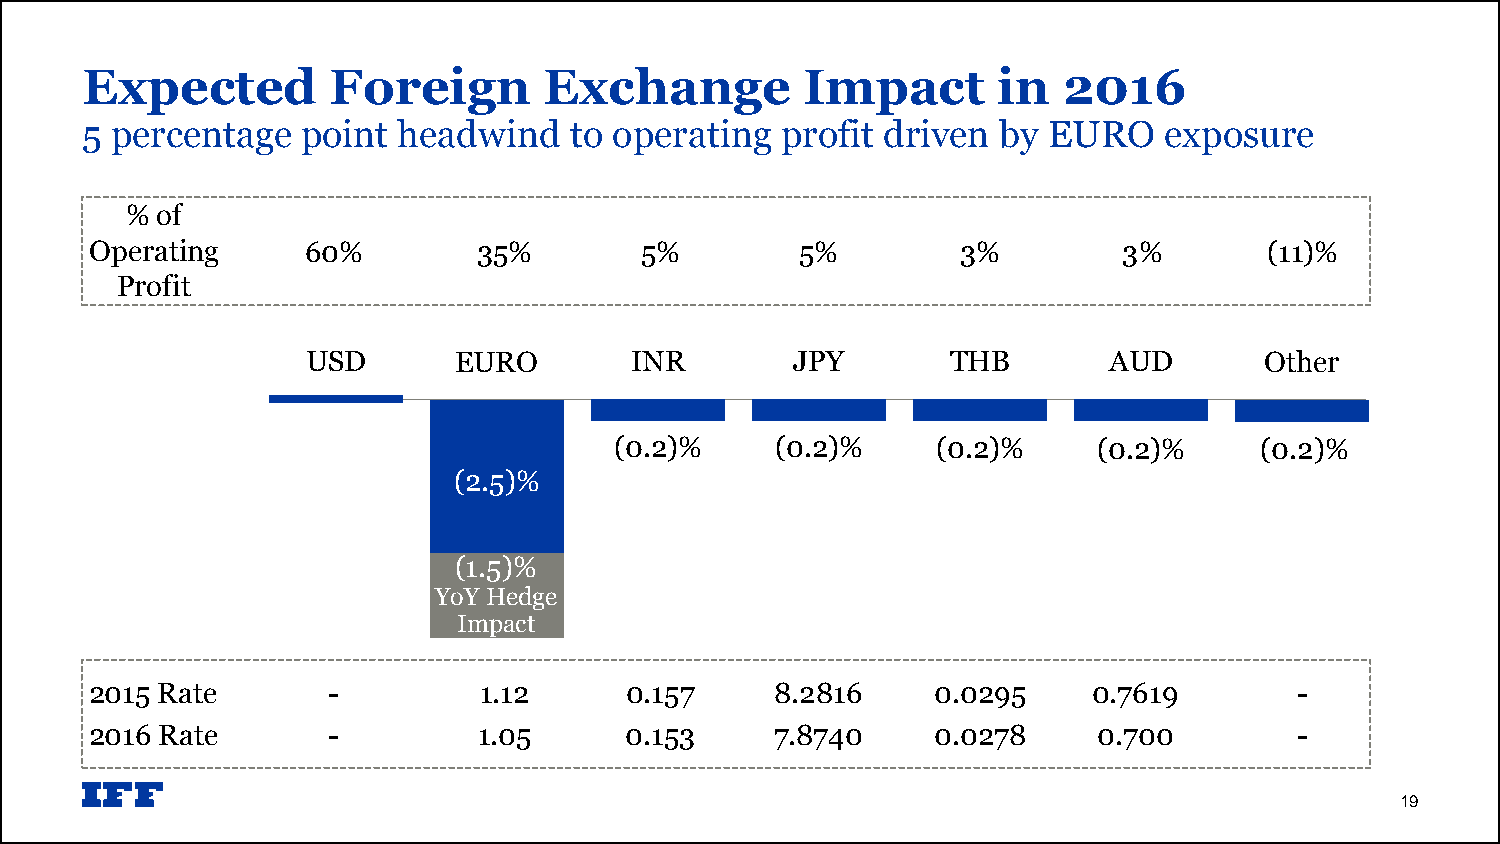
Expected         Foreign       Exchange         Impact       in  2016
 5 percentage   point headwind    to operating  profit driven by EURO    exposure
 % of
 Operating     60%         35%       5%         5%         3%        3%        (11)%
 Profit
 USD       EURO        INR        JPY       THB       AUD        Other
 (0.2)%    (0.2)%     (0.2)%     (0.2)%    (0.2)%
 (2.5)%
 (1.5)%
 YoY Hedge
 Impact
 2015 Rate       -         1.12     0.157     8.2816     0.0295    0.7619        -
 2016 Rate       -         1.05     0.153     7.8740     0.0278     0.700        -
 19